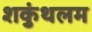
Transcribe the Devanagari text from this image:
शकुंथलम